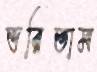
ভরিতাম